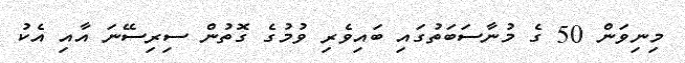
މިނިވަން 50 ގެ މުނާސަބަތުގައި ބައިވެރި ވުމުގެ ގޮތުން ސިރިސޭނަ އާއި އެކު